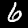
Digit: 6